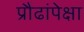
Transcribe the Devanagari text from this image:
प्रौढांपेक्षा